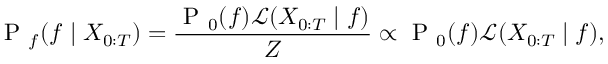
\mathrm { ~ P ~ } _ { f } ( f \mid X _ { 0 : T } ) = \frac { \mathrm { ~ P ~ } _ { 0 } ( f ) \mathcal { L } ( X _ { 0 : T } \mid f ) } { Z } \propto \mathrm { ~ P ~ } _ { 0 } ( f ) \mathcal { L } ( X _ { 0 : T } \mid f ) ,